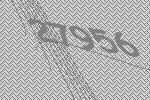
27956